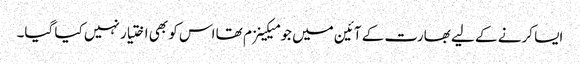
ایسا کرنے کے لیے بھارت کے آئین میں جو میکینزم تھا اس کو بھی اختیار نہیں کیا گیا۔